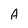
Character: A